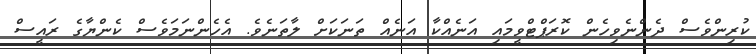
ކުރިންވެސް ދެންނެވިހެން ކޮރަޕްޓްވީމައި އަނެއްކާ އަނެއް ތަނަކަށް ލާތަނެވެ. އެހެންނަމަވެސް ކެންޔާގެ ރައީސް